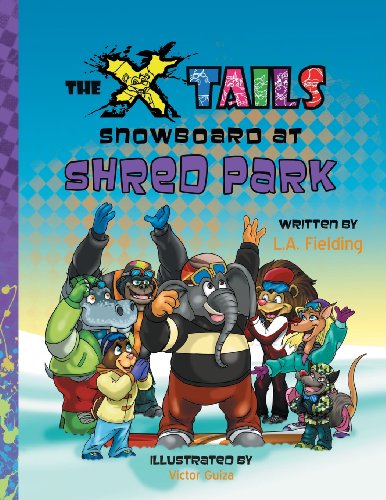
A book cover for The X-tails Snowboard at Shred Park; L.A. Fielding; Sports & Outdoors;